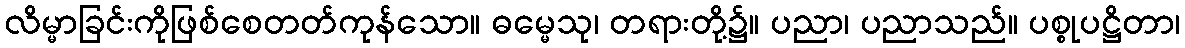
လိမ္မာခြင်းကိုဖြစ်စေတတ်ကုန်သော။ ဓမ္မေသု၊ တရားတို့၌။ ပညာ၊ ပညာသည်။ ပစ္စုပဋ္ဌိတာ၊